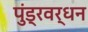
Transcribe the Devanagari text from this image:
पुंड्रवर्धन